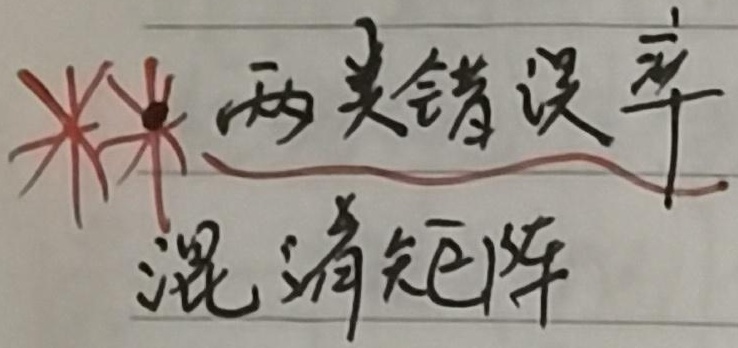
** 两类错误率混淆矩阵